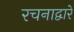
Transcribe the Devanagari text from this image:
रचनाद्वारे